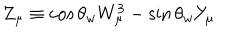
LaTeX: Z _ { \mu } \equiv \cos \theta _ { w } W _ { \mu } ^ { 3 } - \sin \theta _ { w } Y _ { \mu }